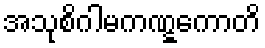
အသုစိဂါမကဏ္ဋကောတိ